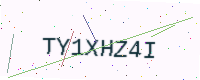
Text: TY1XHZ4I